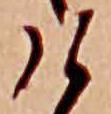
け